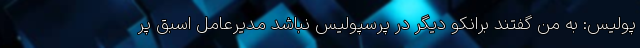
پولیس: به من گفتند برانکو دیگر در پرسپولیس نباشد مدیرعامل اسبق پر